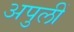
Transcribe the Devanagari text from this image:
अपुलीं